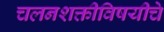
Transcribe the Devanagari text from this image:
चलनशक्तीविषयीचे